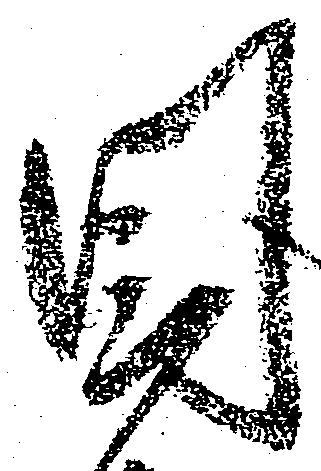
目